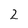
Character: 2